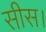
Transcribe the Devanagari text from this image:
सीस।